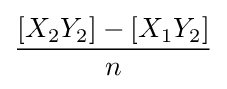
{\frac {[X_{2}Y_{2}]-[X_{1}Y_{2}]}{n}}